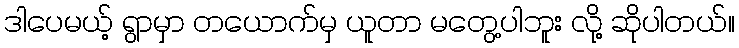
ဒါပေမယ့် ရွာမှာ တယောက်မှ ယူတာ မတွေ့ပါဘူး လို့ ဆိုပါတယ်။